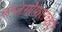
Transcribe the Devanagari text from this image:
राजगोपालचार्य